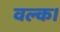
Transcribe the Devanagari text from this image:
वल्क।